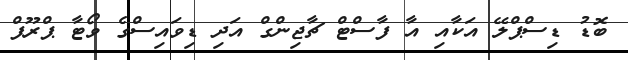
ބޮޑު ޑިސްޕްލޭ އަކާއި އާ ފާސްޓް ޗާޖިންގް އަދި ޑިވައިސްގެ ވޯޓާ ޕްރޫފް